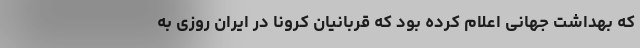
که بهداشت جهانی اعلام کرده بود که قربانیان کرونا در ایران روزی به